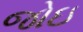
જોઇ